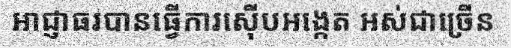
អាជ្ញាធរបានធ្វើការស៊ើបអង្កេត អស់ជាច្រើន